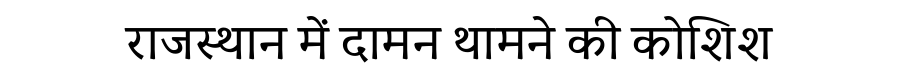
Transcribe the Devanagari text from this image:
राजस्थान में दामन थामने की कोशिश